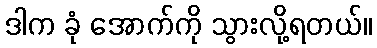
ဒါက ခုံ အောက်ကို သွားလို့ရတယ်။